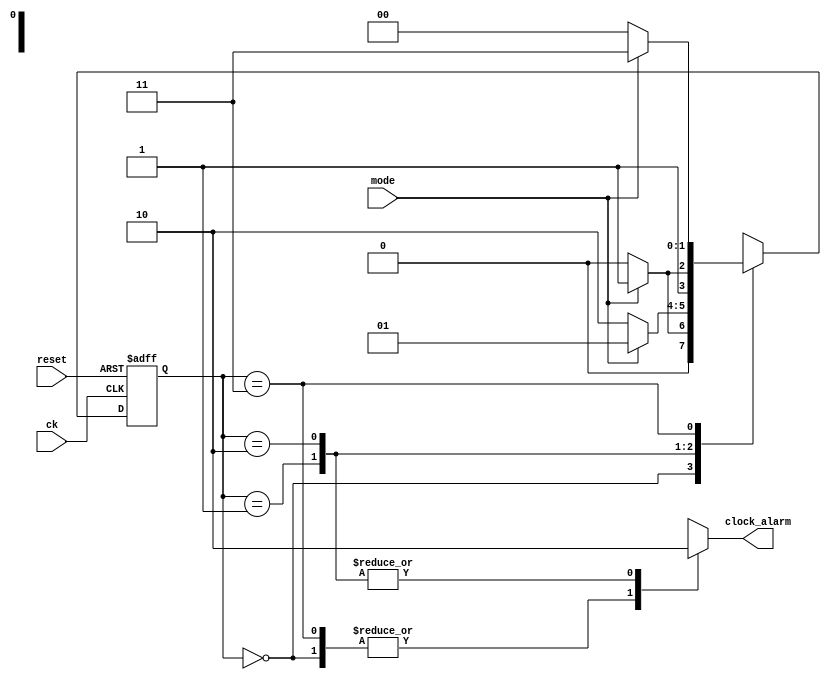
`timescale 1ns/1ps

module mode_control(
    input ck, reset,
    input mode,
    output reg clock_alarm
);

    parameter [1:0]
        IDLE_CLOCK = 0,
        ALARM = 1,
        IDLE_ALARM = 2,
        CLOCK = 3;
    reg [1:0] state, state_next;

    always @(posedge ck, posedge reset) begin
        if (reset) state <= IDLE_CLOCK;
        else state <= state_next;
    end

    always @(state, mode) begin
        case (state)
            IDLE_CLOCK: begin
                if (mode) state_next = ALARM;
                else state_next = IDLE_CLOCK;
            end
            ALARM: begin
                if (mode) state_next = ALARM;
                else state_next = IDLE_ALARM;
            end
            IDLE_ALARM: begin
                if (mode) state_next = CLOCK;
                else state_next = IDLE_ALARM;
            end
            CLOCK: begin
                if (mode) state_next = CLOCK;
                else state_next = IDLE_CLOCK;
            end
            default: state_next = IDLE_CLOCK;
        endcase
    end

    always @(state) begin
        case (state)
            IDLE_CLOCK: clock_alarm = 1;
            CLOCK:      clock_alarm = 1;
            IDLE_ALARM: clock_alarm = 0;
            ALARM:      clock_alarm = 0;
            default:    clock_alarm = 1;
        endcase
    end

endmodule